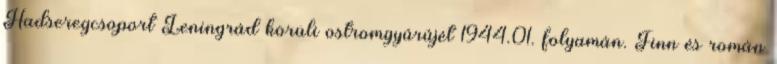
Hadseregcsoport Leningrád körüli ostromgyûrûjét 1944.01. folyamán. Finn és román